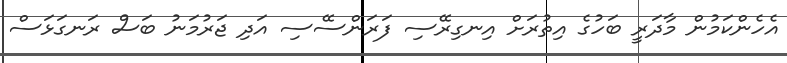
އެހެންކަމުން މާދަރީ ބަހުގެ އިތުރަށް އިނގިރޭސި ފަރަންސޭސި އަދި ޖަރުމަނު ބަސް ރަނގަޅަސް